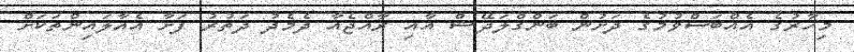
މިހާރުގެ އެއްބަސްވުމުގެ ދަށުން ބަންގްލަދޭޝް އާއި ރާއްޖެއާ ދެމެދު ދަތުރު ފަށާ އެއާލައިންތަކަށް